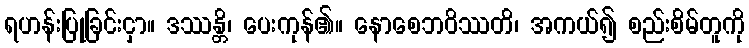
ရဟန်းပြုခြင်းငှာ။ ဒဿန္တိ၊ ပေးကုန်၏။ နောစေဘဝိဿတိ၊ အကယ်၍ စည်းစိမ်တူကို